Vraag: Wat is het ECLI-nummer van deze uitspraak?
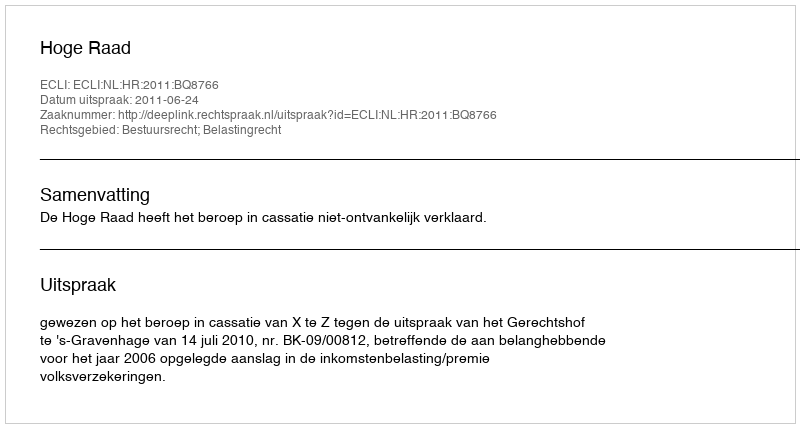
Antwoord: ECLI:NL:HR:2011:BQ8766